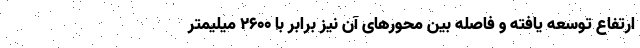
ارتفاع توسعه یافته و فاصله بین محورهای آن نیز برابر با 2600 میلیمتر